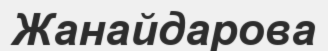
Жанайдарова